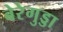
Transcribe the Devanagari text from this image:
बेरेगुड्डा